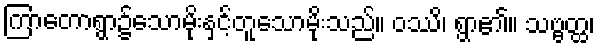
ကြာတောရွာ၌သောမိုးနှင့်တူသောမိုးသည်။ ဝဿိ၊ ရွာ၏။ သဗ္ဗတ္ထ၊